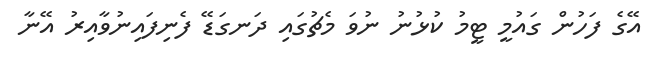
އޭގެ ފަހުން ގައުމީ ޓީމު ކުޅުނު ނުވަ މެޗުގައި ދަނގަޑޭ ފެނިފައިނުވާއިރު އޭނާ